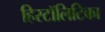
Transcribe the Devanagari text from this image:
हिस्टॉलिटिका